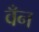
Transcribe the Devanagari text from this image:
वँन